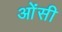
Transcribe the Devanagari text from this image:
ओंसी